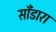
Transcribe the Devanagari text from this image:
साँडारा